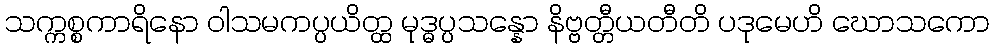
သက္ကစ္စကာရိနော ဝါသမကပ္ပယိတ္ထ မုဒ္ဓပ္ပသန္နော နိဗ္ဗတ္တီယတီတိ ပဒုမေဟိ ဃောသကော